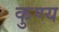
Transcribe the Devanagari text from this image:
कुण्य